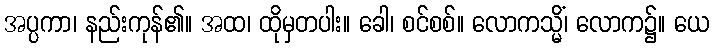
အပ္ပကာ၊ နည်းကုန်၏။ အထ၊ ထိုမှတပါး။ ခေါ၊ စင်စစ်။ လောကသ္မိံ၊ လောက၌။ ယေ